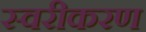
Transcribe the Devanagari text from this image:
स्वरीकरण